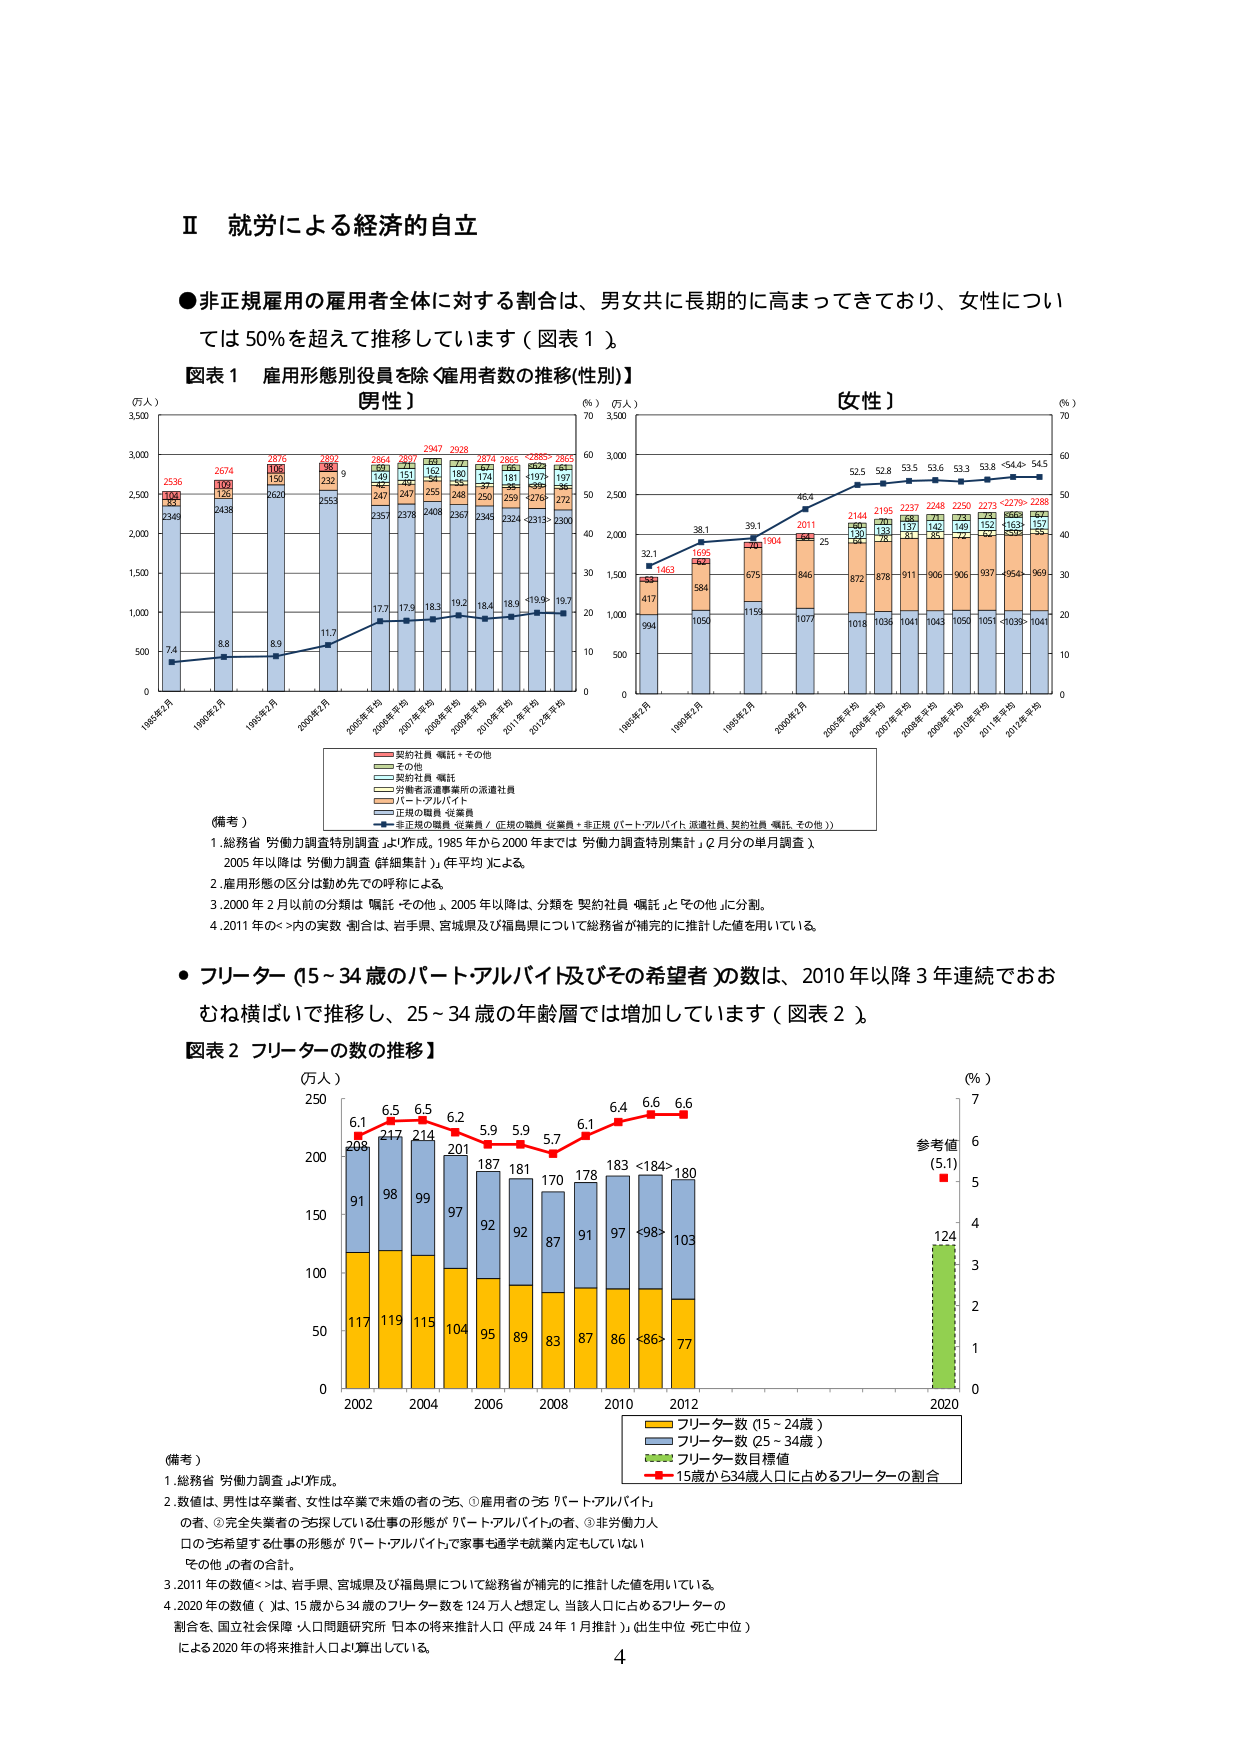
Ⅱ 就労による経済的自立

●非正規雇用の雇用者全体に対する割合は、男女共に長期的に高まってきており、女性については50％を超えて推移しています（図表1）。

図表1 雇用形態別役員を除く雇用者数の推移(性別)

【男性】
（万人）
3,500
3,000
2,500
2,000
1,500
1,000
500
0
1985年2月 1990年2月 1995年2月 2000年2月 2005年平均 2007年平均 2008年平均 2009年平均 2010年平均 2011年平均 2012年平均

2536
2674
2876
2892
2864
2897
2947
2928
2874
2865
<2885>
2865
102
109
130
98
99
101
102
102
97
96
96
96
126
126
130
130
126
126
126
126
126
126
126
126
2349
2438
2620
2553
2357
2378
2408
2367
2345
2324
<2313>
2300
7.4
8.8
8.9
11.7
17.7
17.9
18.3
19.2
18.4
18.9
<19.9>
19.7

（％）（万人）
70
60
50
40
30
20
10
0

【女性】
（万人）
3,500
3,000
2,500
2,000
1,500
1,000
500
0
1985年2月 1990年2月 1995年2月 2000年2月 2005年平均 2006年平均 2007年平均 2008年平均 2009年平均 2010年平均 2011年平均 2012年平均

32.1
38.1
39.1
40.8
46.8
52.5
52.8
53.5
53.6
53.3
<53.8>
<54.4>
54.5
1463
1695
1904
2011
2144
2195
2237
2248
2250
2273
<2279>
2288
53
62
71
81
88
91
91
91
91
91
91
91
417
584
675
846
872
878
911
906
906
937
<954>
969
994
1050
1159
1077
1018
1036
1041
1043
1050
1051
<1039>
1041

（％）
70
60
50
40
30
20
10
0

（備考）
1. 総務省「労働力調査特別調査」より作成。（1985年から2000年までは「労働力調査特別集計」、2月分の半月調査）
2005年以降は「労働力調査（詳細集計）」（年平均）による。
2. 雇用形態の区分は図の先での呼称による。
3. 2000年2月以前の分類は「嘱託・その他」、2005年以降は、分類を「契約社員・嘱託」と「その他」に分割。
4. 2011年の< >内の実数・割合は、岩手県、宮城県及び福島県について総務省が補完的に推計した値を用いている。

●フリーター（15～34歳のパート・アルバイト及びその希望者）の数は、2010年以降3年連続でおおむね横ばいで推移し、25～34歳の年齢層では増加しています（図表2）。

図表2 フリーターの数の推移

（万人）
250
200
150
100
50
0
2002 2004 2006 2008 2010 2012

6.1
6.5
6.5
6.2
5.9
5.9
5.7
6.1
6.4
6.6
6.6
208
217
214
201
187
181
170
178
183
<184>
180
91
98
99
97
92
92
87
91
97
<98>
103
117
119
115
104
95
89
83
87
86
<86>
77

（％）
7
6
5
4
3
2
1
0
2020

参考値
（5.1）

124

（備考）
1. 総務省「労働力調査」より作成。
2. 数値は、男性は卒業者、女性は卒業で未婚の者のうち、①雇用者のうち「パート・アルバイト」の者、②完全失業者で、就業している仕事の形態が「パート・アルバイト」の者、③非労働力人口のうち希望する仕事の形態が「パート・アルバイト」で家事も通学も就業内定もしていない「その他」の者の合計。
3. 2011年の数値< >は、岩手県、宮城県及び福島県について総務省が補完的に推計した値を用いている。
4. 2020年の数値（ ）は、15歳から34歳のフリーター数を124万人と想定し、当該人口に占めるフリーターの割合を、国立社会保障・人口問題研究所「日本の将来推計人口（平成24年1月推計）（出生中位・死亡中位）」による2020年の将来推計人口より算出している。

4

（凡例）
■ 契約社員・嘱託＋その他
■ その他
■ 契約社員・嘱託
■ 労働者派遣事業所の派遣社員
■ パート・アルバイト
■ 正規の職員・従業員
■ 非正規の職員・従業員（正規の職員・従業員＋非正規（パート・アルバイト、派遣社員、契約社員・嘱託、その他））

（凡例）
■ フリーター数（15～24歳）
■ フリーター数（25～34歳）
■ フリーター数目標値
■ 15歳から34歳人口に占めるフリーターの割合